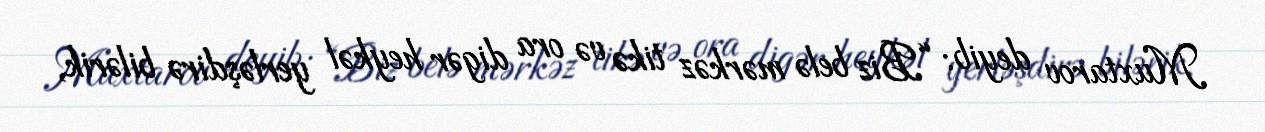
Muxtarov deyib: “Biz belə mərkəz tikə və ora digər heykəl yerləşdirə bilərik,